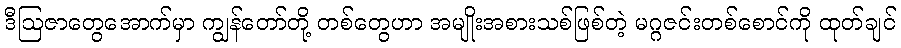
ဒီဩဇာတွေအောက်မှာ ကျွန်တော်တို့ တစ်တွေဟာ အမျိုးအစားသစ်ဖြစ်တဲ့ မဂ္ဂဇင်းတစ်စောင်ကို ထုတ်ချင်